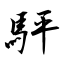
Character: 駍